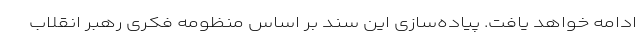
ادامه خواهد یافت. پیاده‌سازی این سند بر اساس منظومه فکری رهبر انقلاب